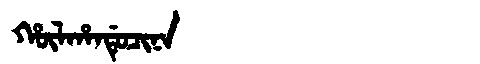
Manchu: ᡥᡡᠯᡥᠠᠨᡩᡠᠴᡳᠨᠠ
Romanization: HŪLHANDUCINA